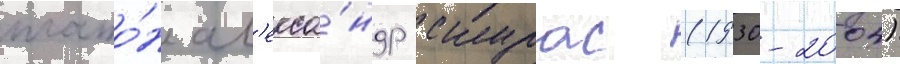
плато́н ал'екса́ндр скурас (1930-2004)